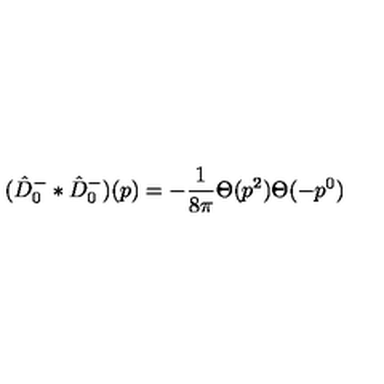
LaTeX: ( \hat { D } _ { 0 } ^ { - } \ast \hat { D } _ { 0 } ^ { - } ) ( p ) = - \frac { 1 } { 8 \pi } \Theta ( p ^ { 2 } ) \Theta ( - p ^ { 0 } )